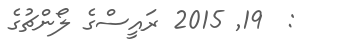
:  19